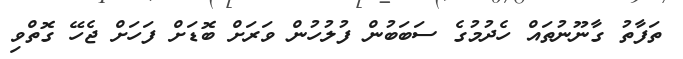
ތަފާތު ގާނޫނުތައް ހެދުމުގެ ސަބަބުން ފުލުހުން ވަރަށް ބޮޑަށް ފަހަށް ޖެހޭ ގޮތްވި